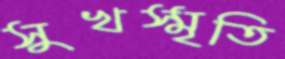
সুখস্মৃতি